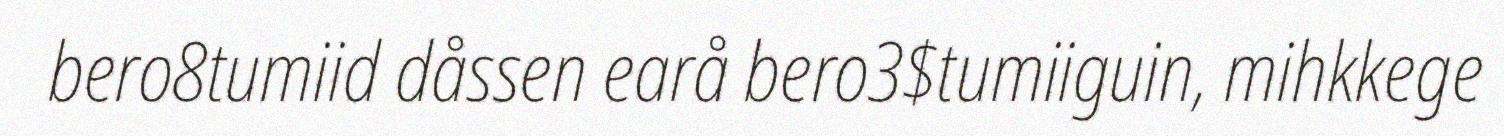
bero8tumiid dåssen earå bero3$tumiiguin, mihkkege